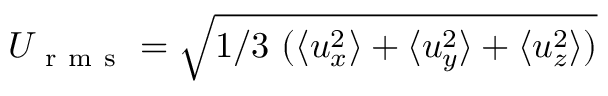
U _ { \mathrm { ~ r ~ m ~ s ~ } } = \sqrt { 1 / 3 \ ( \langle u _ { x } ^ { 2 } \rangle + \langle u _ { y } ^ { 2 } \rangle + \langle u _ { z } ^ { 2 } \rangle ) }